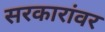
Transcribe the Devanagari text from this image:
सरकारांवर